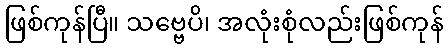
ဖြစ်ကုန်ပြီ။ သဗ္ဗေပိ၊ အလုံးစုံလည်းဖြစ်ကုန်